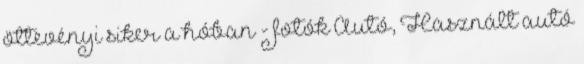
öttevényi siker a hóban - fotók Autó, Használt autó